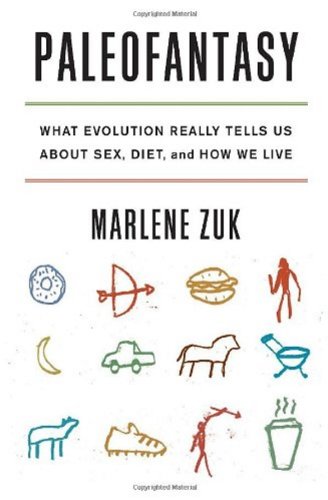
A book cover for Paleofantasy: What Evolution Really Tells Us about Sex, Diet, and How We Live; Marlene Zuk; Politics & Social Sciences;